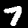
Digit: 7